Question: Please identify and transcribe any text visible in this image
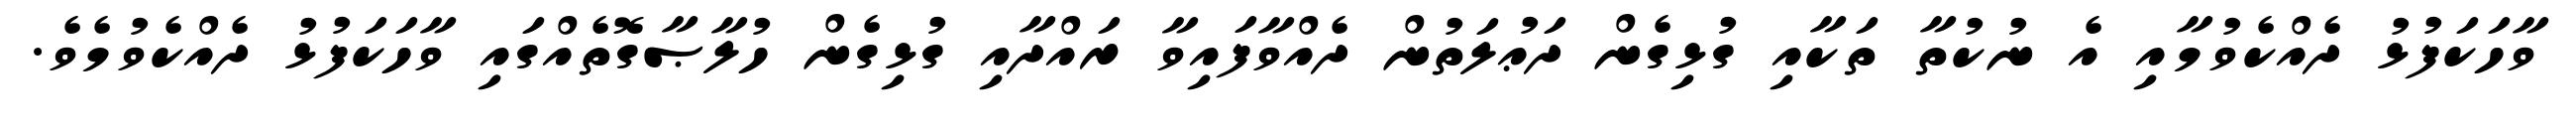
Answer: ވާހަކަފުޅު ދެއްކެވުމާއި އެ ނުކުތާ ތަކާއި ގުޅިގެން ދަޢުލަތުން ދެއްވާފައިވާ ރައްދާއި ގުޅިގެން ހުލާޞާގޮތެއްގައި ވާހަކަފުޅު ދެއްކެވުމެވެ.